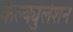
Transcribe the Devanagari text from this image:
कैल्क्युलेशन